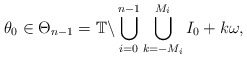
\begin{align*}\theta_0 \in \Theta_{n-1} = \mathbb{T} \backslash \bigcup \limits_{i=0}^{n-1} \bigcup \limits_{k = -M_i}^{M_i} I_0 + k\omega,\end{align*}